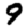
Digit: 9